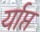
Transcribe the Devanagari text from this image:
र्याप्त